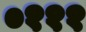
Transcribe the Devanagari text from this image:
०१११